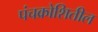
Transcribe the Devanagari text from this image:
पंचक्रोशितील